Report on vaccination in Madras 1877-1894 - 1877-1894
Year: 1877
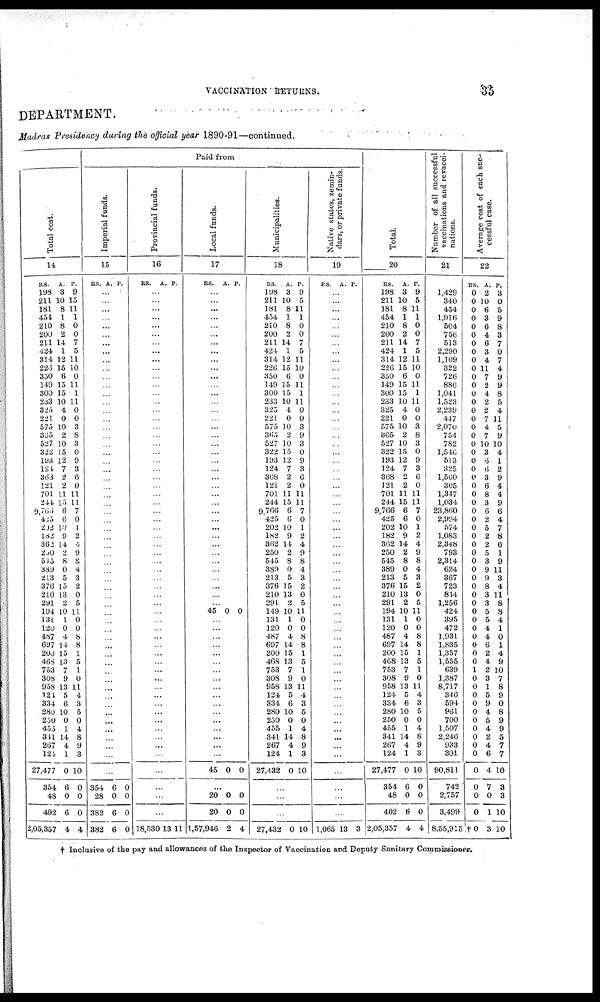
VACCINATION RETURNS.
35
DEPARTMENT.
Madras Presidency during the official year 1890-91—continued.
Total cost.
14
RS.
198
211
181
454
210
200
211
424
314
226
350
149
300
233
325
221
575
365
527
322
193
124
363
121
701
244
9,766
425
202
182
362
200
515
389
213
376
210
291
194
131
120
487
697
200
468
753
308
958
124
334
280
250
455
311
267
121
27,477
351
4
402
2,05,357
A.
3
10
8
1
8
2
14
1
12
15
6
15
15
10
4
0
10
2
10
15
12
7
2
2
11
15
6
6
10
9
14
2
8
0
5
15
13
2
10
1
0
4
14
15
13
7
9
13
5
6
10
0
1
14
4
1
0
6
0
6
4
P.
9
15
11
1
0
0
7
5
11
10
0
11
1
11
0
0
3
8
3
0
9
3
6
0
11
11
7
0
1
2
4
9
8
4
3
2
0
5
11
0
0
8
8
1
5
1
0
11
4
3
5
0
4
8
9
3
10
0
0
0
4
Paid from
Imperial funds.
15
RS. A. P.
...
...
...
...
...
...
...
...
...
...
...
...
...
...
...
...
...
...
...
...
...
...
...
...
...
...
...
...
...
...
...
...
...
...
...
...
...
...
...
...
...
...
...
...
...
...
...
...
...
...
...
...
...
...
...
...
...
354
28
382
382
6
0
6
6
0
0
0
0
Provincial funds.
16
RS. A. P.
...
...
...
...
...
...
...
...
...
...
...
...
...
...
...
...
...
...
...
...
...
...
...
...
...
...
...
...
...
...
...
...
...
...
...
...
...
...
...
...
...
...
...
...
...
...
...
...
...
...
...
...
...
...
...
...
...
...
...
...
18,530 13 11
Local funds.
17
RS. A. P.
...
...
...
...
...
...
...
...
...
...
...
...
...
...
...
...
...
...
...
...
...
...
...
...
...
...
...
...
...
...
...
...
...
...
...
...
...
...
45 0 0
...
...
...
...
...
...
...
...
...
...
...
...
...
...
...
...
...
45 0 0
...
20
20
1,57,946
0
0
2
0
0
4
Municipalities.
18
RS.
198
211
181
454
210
200
211
424
314
226
350
149
300
233
325
221
575
365
527
322
193
124
368
121
701
244
9,766
425
202
182
362
250
545
389
213
376
210
291
149
131
120
487
697
200
468
753
308
958
124
334
280
250
45S
341
267
124
27,432
A.
3
10
8
1
8
2
14
1
12
15
6
15
15
10
4
0
10
2
10
15
12
7
2
2
11
15
6
6
10
9
14
2
8
0
5
15
13
2
10
1
0
4
14
15
13
7
9
13
5
6
10
0
1
14
4
1
0
P.
9
5
11
1
0
0
7
5
11
10
0
11
1
11
0
0
3
9
3
0
9
3
6
0
11
11
7
0
1
2
4
9
8
4
3
2
0
5
11
0
0
8
8
1
5
1
0
11
4
3
5
0
4
8
9
3
10
...
...
...
27,432 0 10
Native states, zemin-
dars, or private funds.
19
RS. A. P.
...
...
...
...
...
...
...
...
...
...
...
...
...
...
...
...
...
...
...
...
...
...
...
...
...
...
...
...
...
...
...
...
...
...
...
...
...
...
...
...
...
...
...
...
...
...
...
...
...
...
...
...
...
...
...
...
...
...
...
...
1,065 13 3
Total.
20
RS.
198
211
181
454
210
200
211
424
314
226
350
149
300
233
325
221
575
365
527
322
193
124
368
121
701
244
9,766
425
202
182
362
250
545
389
213
376
210
291
194
131
120
487
697
200
468
753
308
958
124
334
280
250
455
341
267
124
27,477
354
48
402
2,05,357
A.
3
10
8
1
8
2
14
1
12
15
6
15
15
10
4
0
10
2
10
15
12
7
2
2
11
15
6
6
10
9
14
2
8
0
5
15
13
2
10
1
0
4
14
15
13
7
9
13
5
6
10
0
1
14
4
1
0
6
0
6
4
P.
9
5
11
1
0
0
7
5
11
10
0
11
1
11
0
0
3
8
3
0
9
3
6
0
11
11
7
0
1
2
4
9
8
4
3
2
0
5
11
0
0
8
8
1
5
1
0
11
4
3
5
0
4
8
9
3
10
0
0
0
4
Number of all successful
vaccinations and revacci-
nations.
21
1,429
340
454
1,916
504
756
513
2,290
1,109
322
726
886
1,041
1,523
2,239
447
2,070
754
782
1,546
513
325
1,560
305
1,347
1,034
23,860
2,994
574
1,083
2,348
793
2,314
624
367
723
814
1,256
424
395
472
1,931
1,835
1,357
1,555
639
1,387
8,717
346
594
961
700
1,507
2,246
933
301
90,811
742
2,757
3,499
8,55,915
Average cost of each suc-
cessful case.
22
RS.
0
0
0
0
0
0
0
0
0
0
0
0
0
0
0
0
0
0
0
0
0
0
0
0
0
0
0
0
0
0
0
0
0
0
0
0
0
0
0
0
0
0
0
0
0
1
0
0
0
0
0
0
0
0
0
0
0
0
0
0
†0
A.
2
10
6
3
6
4
6
3
4
11
7
2
4
2
2
7
4
7
10
3
6
6
3
6
8
3
6
2
5
2
2
5
3
9
9
8
3
3
5
5
4
4
6
2
4
2
3
1
5
9
4
5
4
2
4
6
4
7
0
1
3
P.
3
0
5
9
8
3
7
0
7
4
9
9
8
5
4
11
5
9
10
4
1
2
9
4
4
9
6
4
7
8
6
1
9
11
3
4
11
8
8
4
1
0
1
4
9
10
7
8
9
0
8
9
9
5
7
7
10
3
3
10
10
† Inclusive of the pay and allowances of the Inspector of Vaccination and Deputy Sanitary Commissioner.